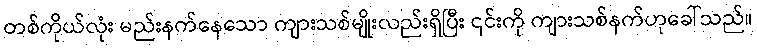
တစ်ကိုယ်လုံး မည်းနက်နေသော ကျားသစ်မျိုးလည်းရှိပြီး ၎င်းကို ကျားသစ်နက်ဟုခေါ်သည်။